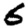
Digit: 6